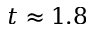
t \approx 1 . 8